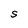
Character: S